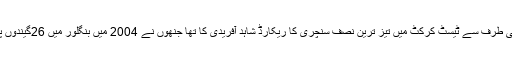
مصباح الحق سے قبل پاکستان کی طرف سے ٹیسٹ کرکٹ میں تیز ترین نصف سنچری کا ریکارڈ شاہد آفریدی کا تھا جنھوں نے 2004 میں بنگلور میں 26گیندوں پر نصف سنچری مکمل کی تھی۔